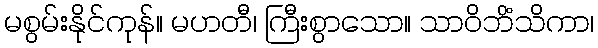
မစွမ်းနိုင်ကုန်။ မဟတီ၊ ကြီးစွာသော။ သာဝိဘိံသိကာ၊